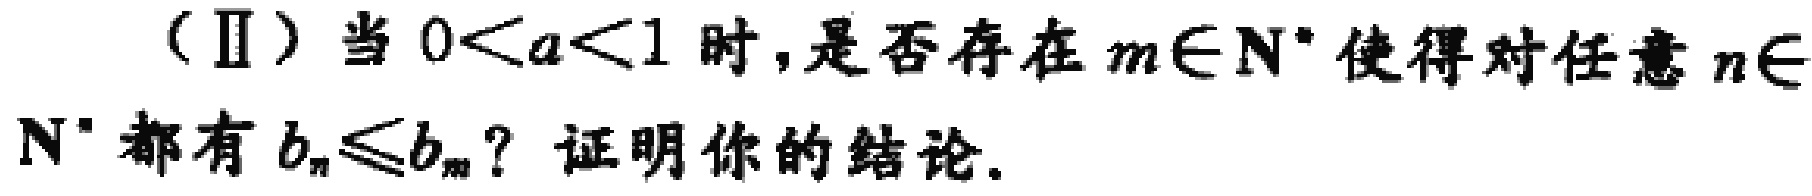
（Ⅱ）当 \(0 < a < 1\) 时，是否存在 \(m\in\mathbb{N}^*\) 使得对任意 \(n\in\mathbb{N}^*\) 都有 \(b_{n}\leq b_{m}\)？证明你的结论.